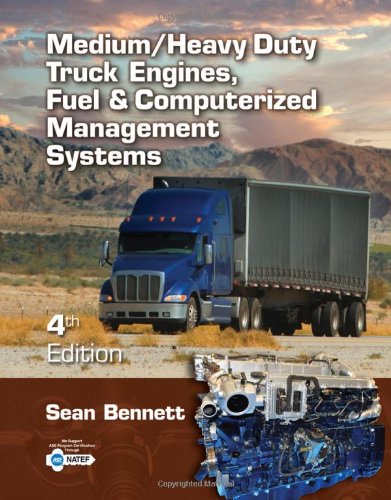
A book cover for Medium/Heavy Duty Truck Engines, Fuel & Computerized Management Systems; Sean Bennett; Engineering & Transportation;